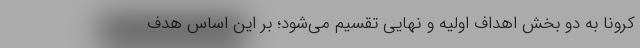
کرونا به دو بخش اهداف اولیه و نهایی تقسیم می‌شود؛ بر این اساس هدف